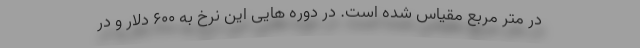
در متر مربع مقیاس شده است. در دوره هایی این نرخ به ۶۰۰ دلار و در